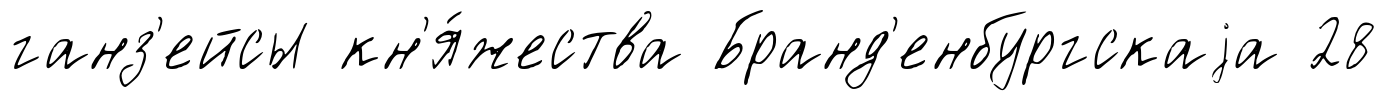
ганз'ейсы кн'я́жества Бранд'енбургскаjа 28